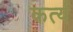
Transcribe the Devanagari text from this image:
कर्त्य